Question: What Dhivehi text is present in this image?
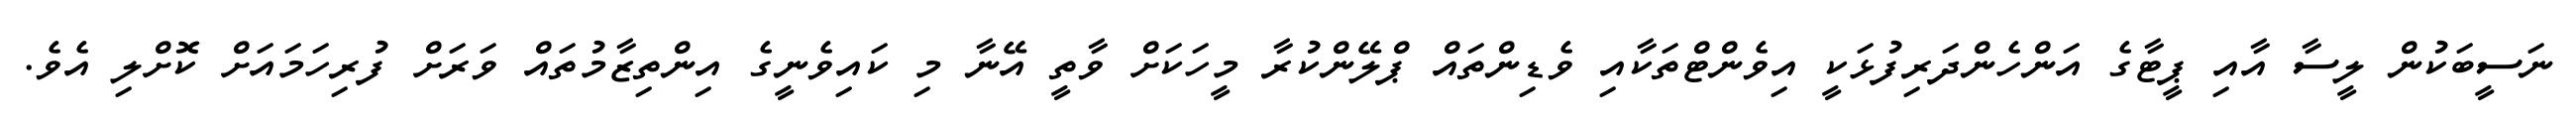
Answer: ނަސީބަކުން ލީސާ އާއި ޕީޓާގެ އަންހެންދަރިފުޅަކީ އިވެންޓްތަކާއި ވެޑިންތައް ޕްލޭންކުރާ މީހަކަށް ވާތީ އޭނާ މި ކައިވެނީގެ އިންތިޒާމުތައް ވަރަށް ފުރިހަމައަށް ކޮށްލި އެވެ.